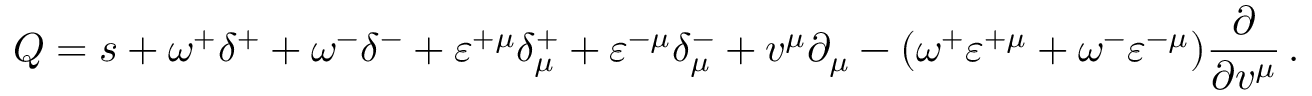
Q = s + \omega ^ { + } \delta ^ { + } + \omega ^ { - } \delta ^ { - } + \varepsilon ^ { + \mu } \delta _ { \mu } ^ { + } + \varepsilon ^ { - \mu } \delta _ { \mu } ^ { - } + v ^ { \mu } \partial _ { \mu } - ( \omega ^ { + } \varepsilon ^ { + \mu } + \omega ^ { - } \varepsilon ^ { - \mu } ) \frac \partial { \partial v ^ { \mu } } \, .